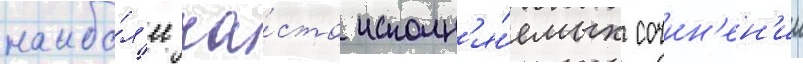
наибо́л'ее ча́сто исполн'я́емых сочин'ен'ии